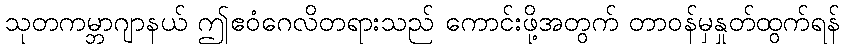
သုတကမ္ဘာဂျာနယ် ဤဧဝံဂေလိတရားသည် ကောင်းဖို့အတွက် တာဝန်မှနှုတ်ထွက်ရန်